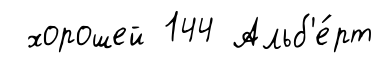
хорошей 144 Альб'е́рт